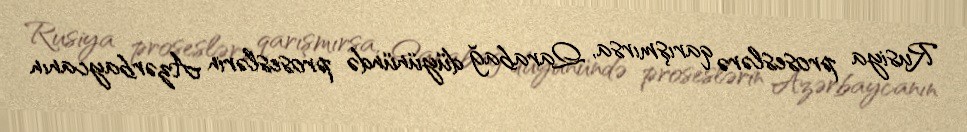
Rusiya proseslərə qarışmırsa, Qarabağ düyünündə proseslərin Azərbaycanın